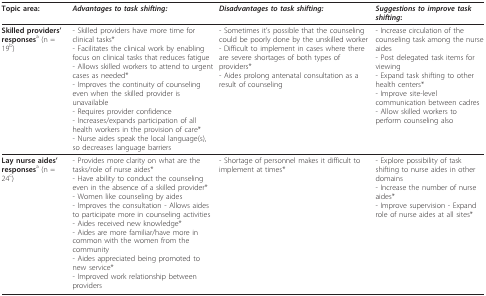
| Topic area: | Advantages to task shifting: | Disadvantages to task shifting: | Suggestions to improve task shifting: |
 | --- | --- | --- | --- |
 | Skilled providers' responsesa (n = 19b) | - Skilled providers have more time for clinical tasks*- Facilitates the clinical work by enabling focus on clinical tasks that reduces fatigue- Allows skilled workers to attend to urgent cases as needed*- Improves the continuity of counseling even when the skilled provider is unavailable- Requires provider confidence- Increases/expands participation of all health workers in the provision of care*- Nurse aides speak the local language(s), so decreases language barriers | - Sometimes it's possible that the counseling could be poorly done by the unskilled worker- Difficult to implement in cases where there are severe shortages of both types of providers*- Aides prolong antenatal consultation as a result of counseling | - Increase circulation of the counseling task among the nurse aides- Post delegated task items for viewing- Expand task shifting to other health centers*- Improve site-level communication between cadres- Allow skilled workers to perform counseling also |
 | Lay nurse aides' responsesa (n = 24c) | - Provides more clarity on what are the tasks/role of nurse aides*- Have ability to conduct the counseling even in the absence of a skilled provider*- Women like counseling by aides- Improves the consultation - Allows aides to participate more in counseling activities- Aides received new knowledge*- Aides are more familiar/have more in common with the women from the community- Aides appreciated being promoted to new service*- Improved work relationship between providers | - Shortage of personnel makes it difficult to implement at times* | - Explore possibility of task shifting to nurse aides in other domains- Increase the number of nurse aides*- Improve supervision - Expand role of nurse aides at all sites* |